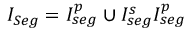
I _ { S e g } = I _ { s e g } ^ { p } \cup I _ { s e g } ^ { s } I _ { s e g } ^ { p }